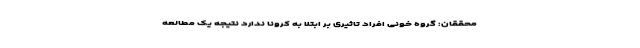
محققان: گروه خونی افراد تاثیری بر ابتلا به کرونا ندارد نتیجه یک مطالعه